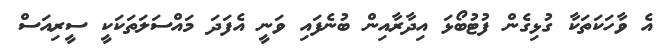
އެ ވާހަކަތަކާ ގުޅިގެން ފުޓުބޯޅަ އިދާރާއިން ބުނެފައި ވަނީ އެފަދަ މައްސަލަތަކަކީ ސީރިއަސް